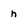
Character: h